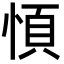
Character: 㥧